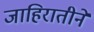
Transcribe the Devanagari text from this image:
जाहिरातीने